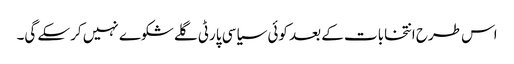
اس طرح انتخابات کے بعد کوئی سیاسی پارٹی گلے شکوے نہیں کرسکے گی۔